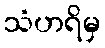
သံဟရိမှ